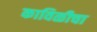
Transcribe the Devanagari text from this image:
काविळीचा